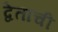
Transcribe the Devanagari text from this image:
द्वेताची